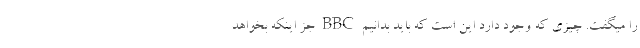
را میگفت. چیزی که وجود دارد این است که باید بدانیم BBC جز اینکه بخواهد